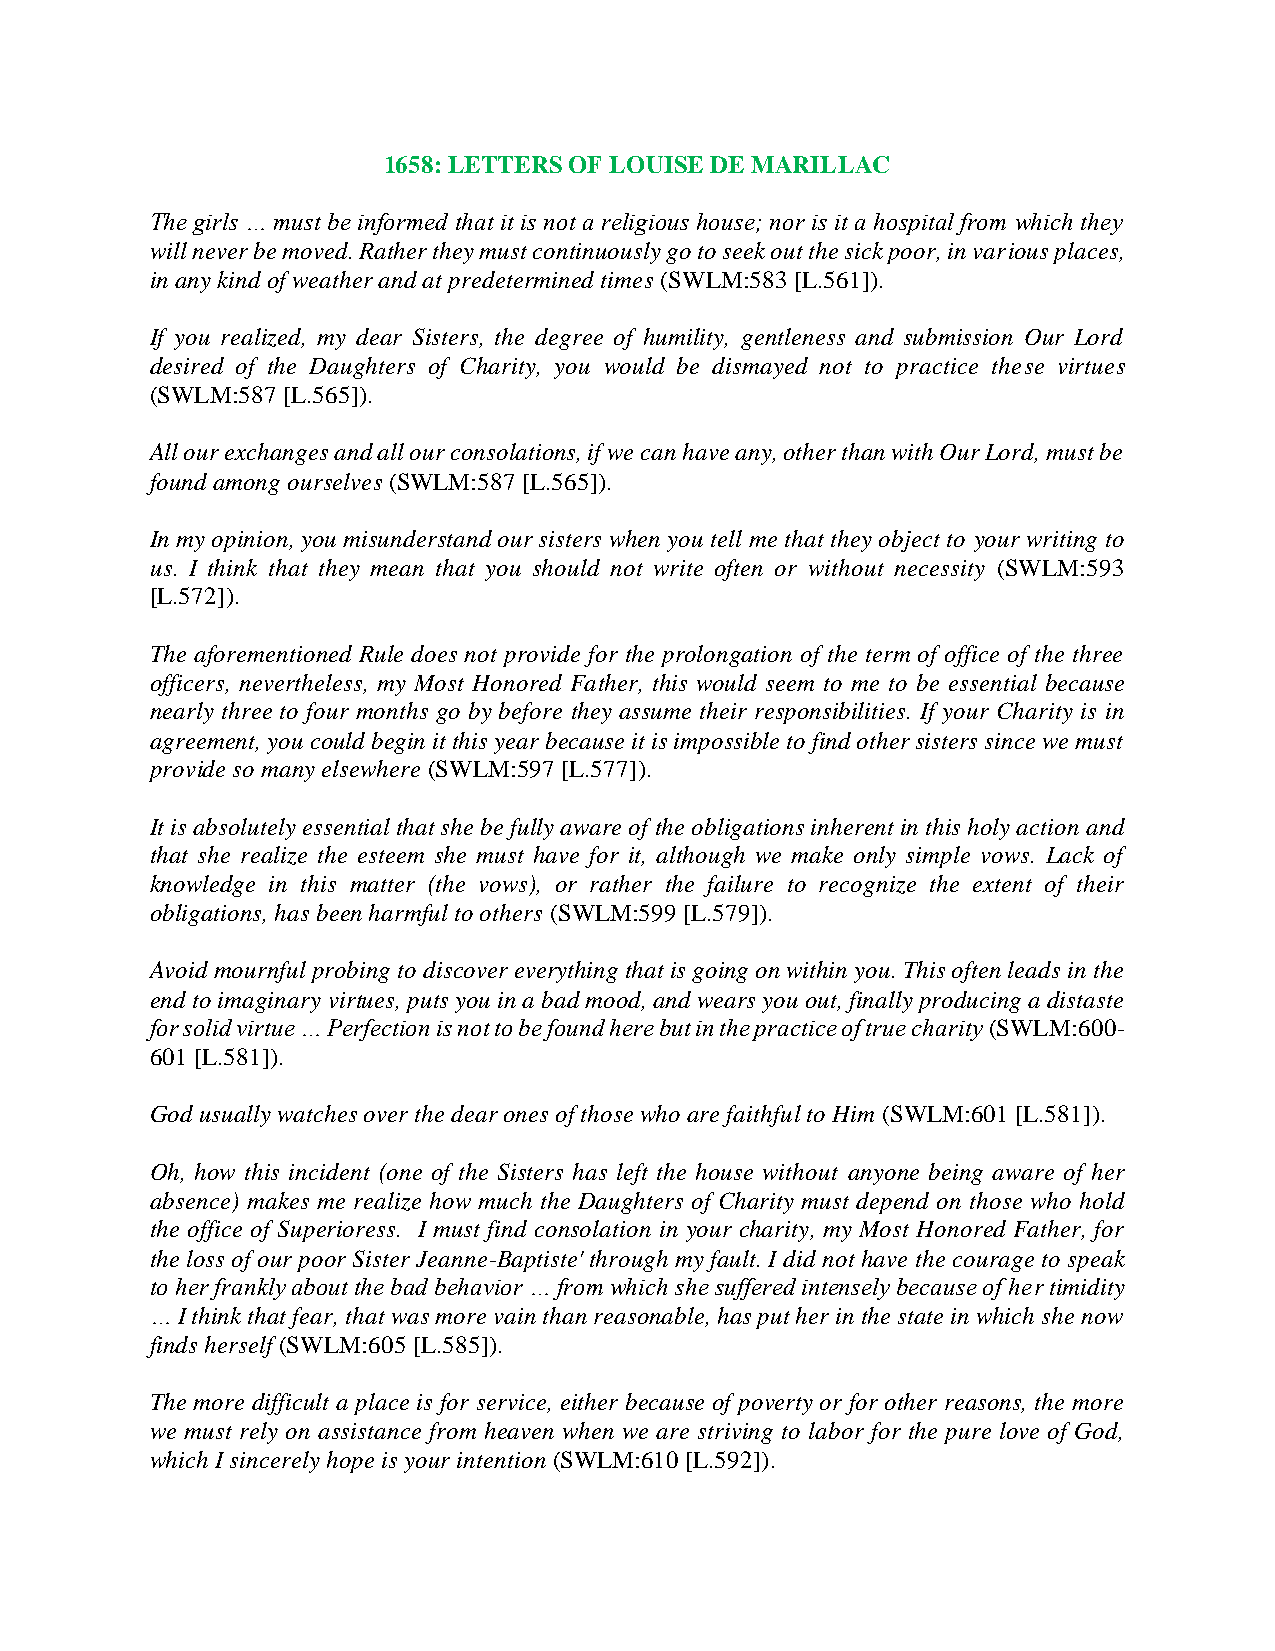
1658: LETTERS OF LOUISE DE MARILLAC
 The girls … must be informed that it is not a religious house; nor is it a hospital from which they
 will never be moved. Rather they must continuously go to seek out the sick poor, in various places,
 in any kind of weather and at predetermined times (SWLM:583 [L.561]).
 If you realized, my dear Sisters, the degree of humility, gentleness and submission Our Lord
 desired of the Daughters of Charity, you would be dismayed not to practice these virtues
 (SWLM:587 [L.565]).
 All our exchanges and all our consolations, if we can have any, other than with Our Lord, must be
 found among ourselves (SWLM:587 [L.565]).
 In my opinion, you misunderstand our sisters when you tell me that they object to your writing to
 us. I think that they mean that you should not write often or without necessity (SWLM:593
 [L.572]).
 The aforementioned Rule does not provide for the prolongation of the term of office of the three
 officers, nevertheless, my Most Honored Father, this would seem to me to be essential because
 nearly three to four months go by before they assume their responsibilities. If your Charity is in
 agreement, you could begin it this year because it is impossible to find other sisters since we must
 provide so many elsewhere (SWLM:597 [L.577]).
 It is absolutely essential that she be fully aware of the obligations inherent in this holy action and
 that she realize the esteem she must have for it, although we make only simple vows. Lack of
 knowledge in this matter (the vows), or rather the failure to recognize the extent of their
 obligations, has been harmful to others (SWLM:599 [L.579]).
 Avoid mournful probing to discover everything that is going on within you. This often leads in the
 end to imaginary virtues, puts you in a bad mood, and wears you out, finally producing a distaste
 for solid virtue … Perfection is not to be found here but in the practice of true charity (SWLM:600-
 601 [L.581]).
 God usually watches over the dear ones of those who are faithful to Him (SWLM:601 [L.581]).
 Oh, how this incident (one of the Sisters has left the house without anyone being aware of her
 absence) makes me realize how much the Daughters of Charity must depend on those who hold
 the office of Superioress. I must find consolation in your charity, my Most Honored Father, for
 the loss of our poor Sister Jeanne-Baptiste' through my fault. I did not have the courage to speak
 to her frankly about the bad behavior … from which she suffered intensely because of her timidity
 … I think that fear, that was more vain than reasonable, has put her in the state in which she now
 finds herself (SWLM:605 [L.585]).
 The more difficult a place is for service, either because of poverty or for other reasons, the more
 we must rely on assistance from heaven when we are striving to labor for the pure love of God,
 which I sincerely hope is your intention (SWLM:610 [L.592]).